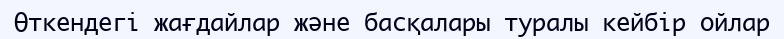
Өткендегi жағдайлар және басқалары туралы кейбiр ойлар